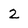
Character: 2